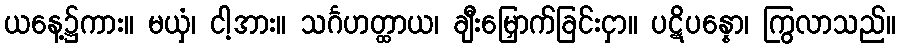
ယနေ့၌ကား။ မယှံ၊ ငါ့အား။ သင်္ဂဟတ္ထာယ၊ ချီးမြှောက်ခြင်းငှာ။ ပဋိပန္နော၊ ကြွလာသည်။